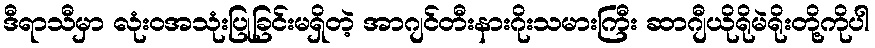
ဒီရာသီမှာ လုံးဝအသုံးပြုခြင်းမရှိတဲ့ အာဂျင်တီးနားဂိုးသမားကြီး ဆာဂျီယိုရိုမဲရိုးတို့ကိုပါ